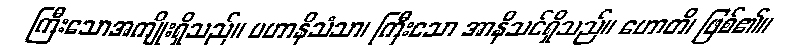
ကြီးသောအကျိုးရှိသည်။ မဟာနိသံသာ၊ ကြီးသော အာနိသင်ရှိသည်။ ဟောတိ၊ ဖြစ်၏။